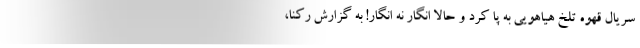
سریال قهوه تلخ هیاهویی به پا کرد و حالا انگار نه انگار! به گزارش رکنا،